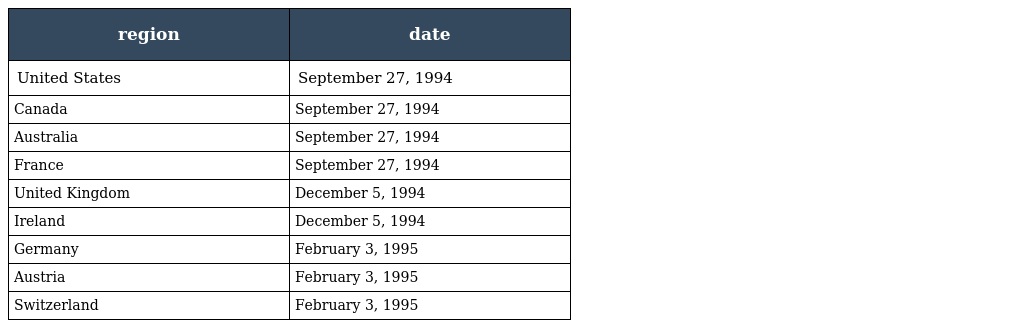
| region | date |
 | --- | --- |
 | United States | September 27, 1994 |
 | Canada | September 27, 1994 |
 | Australia | September 27, 1994 |
 | France | September 27, 1994 |
 | United Kingdom | December 5, 1994 |
 | Ireland | December 5, 1994 |
 | Germany | February 3, 1995 |
 | Austria | February 3, 1995 |
 | Switzerland | February 3, 1995 |